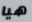
هيا